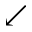
\swarrow